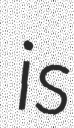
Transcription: is